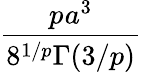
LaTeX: \displaystyle\frac{p\! \: a^{3}}{8^{1/p}\Gamma(3/p)}